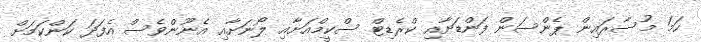
ހަމަ މުސާރައިން ޕެންސަން ފަންޑަށާއި ކްރެޑިޓް ސްކީމްއަށާއި ލޯނަށާއި އެނޫންވެސް އެފަދަ ކަންކަމަށް